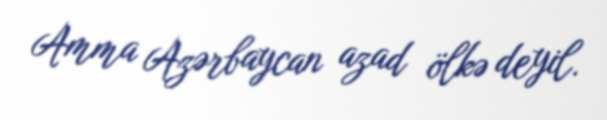
Amma Azərbaycan azad ölkə deyil.